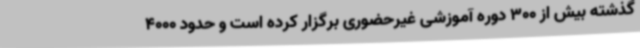
گذشته بیش از 300 دوره آموزشی غیرحضوری برگزار کرده است و حدود 4000